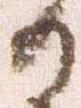
日